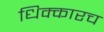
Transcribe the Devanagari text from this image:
धिक्कारच